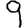
Digit: 9